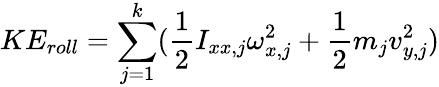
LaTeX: KE_{roll}=\sum_{j=1}^{k}(\frac{1}{2}I_{xx,j}\omega_{x,j}^{2}+\frac{1}{2}m_{j}v_{y,j}^{2})